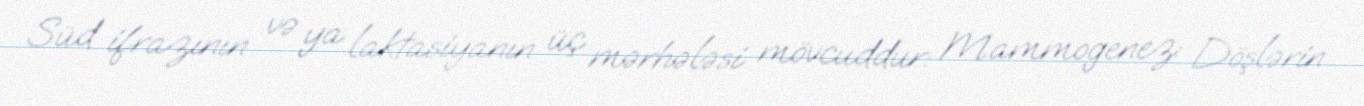
Süd ifrazının və ya laktasiyanın üç mərhələsi mövcuddur: Mammogenez: Döşlərin